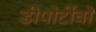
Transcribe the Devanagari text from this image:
डीपोर्टीवो